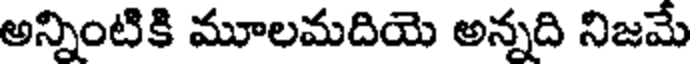
అన్నింటికి మూలమదియె అన్నది నిజమే